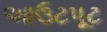
આઉટપૂટ